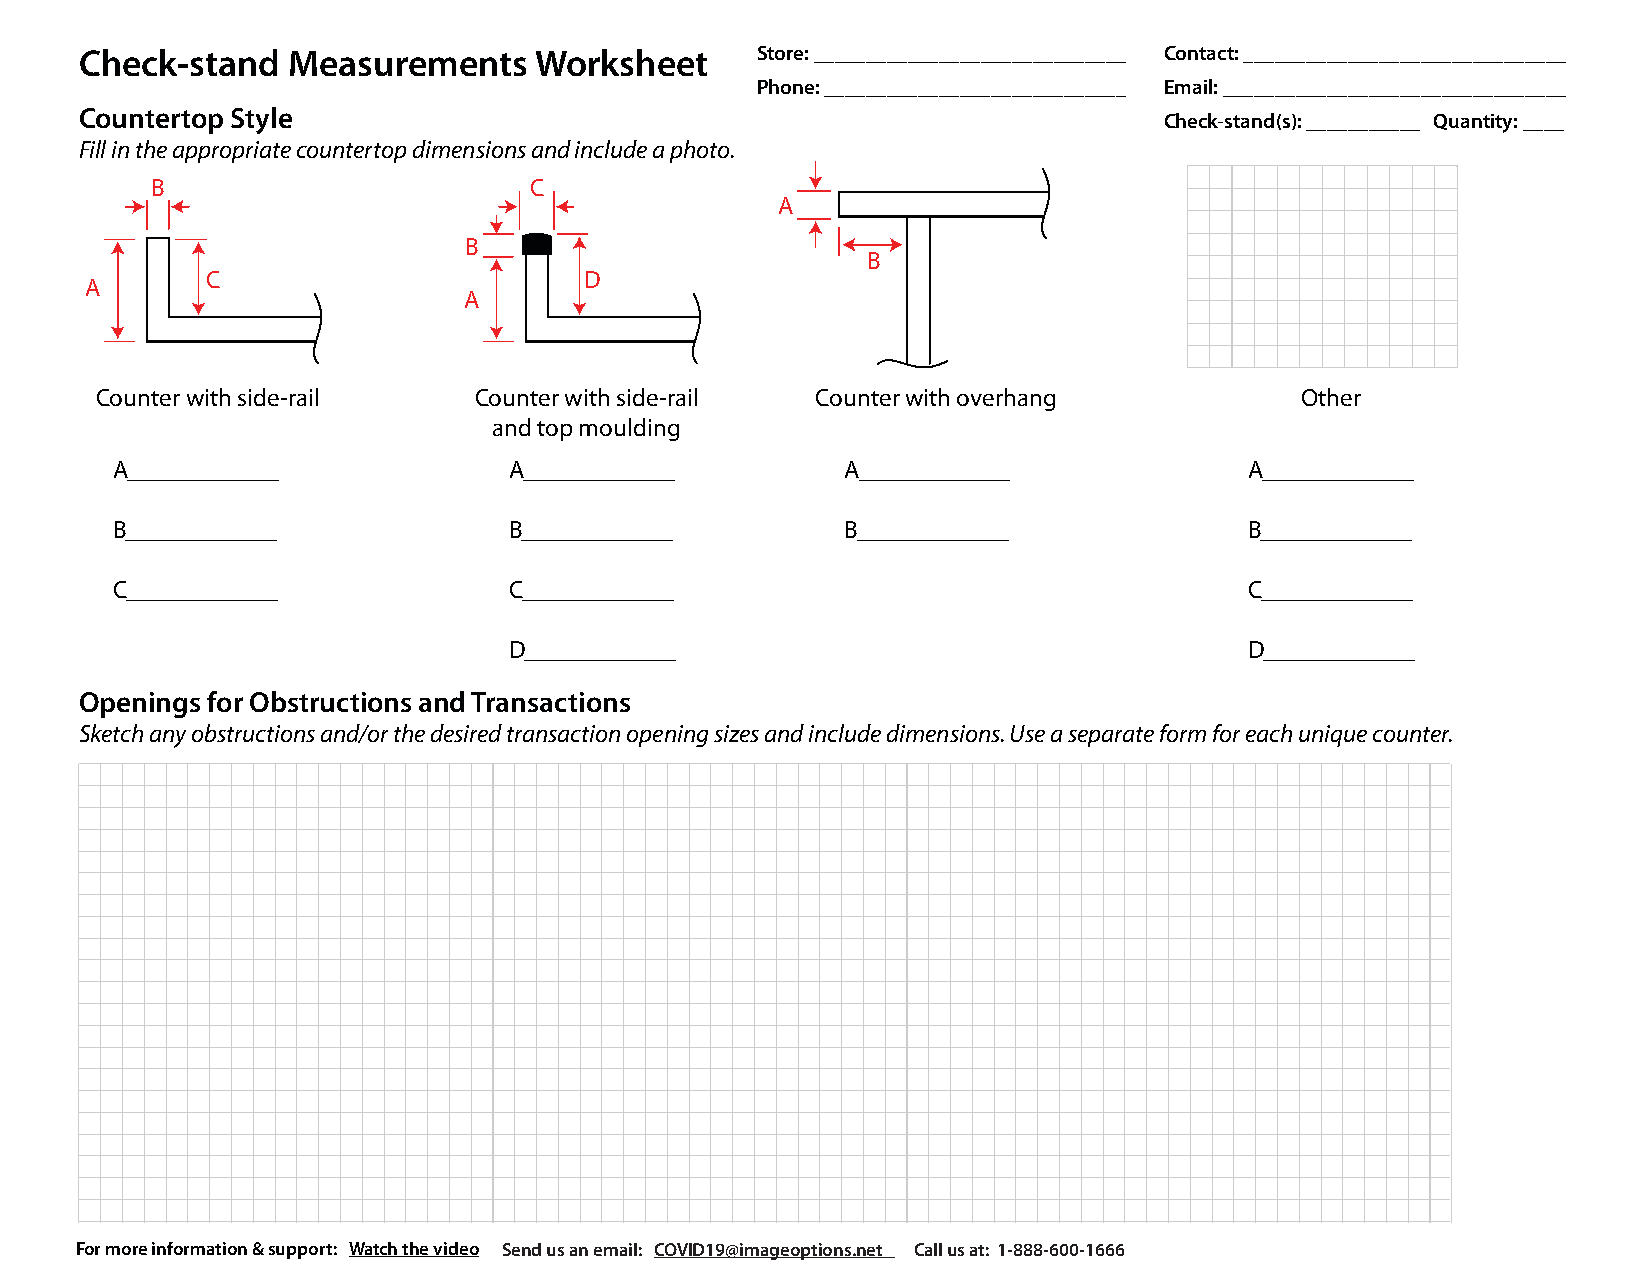
Check-stand   Measurements    Worksheet      Store: ______________________________ Contact: _______________________________
 Phone: _____________________________ Email: _________________________________
 Countertop Style                                                        Check-stand(s): ___________ Quantity: ____
 Fill in the appropriate countertop dimensions and include a photo.
 B                        C
 A
 B
 B
 C                        D
 A
 A
 Counter with side-rail   Counter with side-rail Counter with overhang           Other
 and top moulding
 A____________              A____________         A____________              A____________
 B____________              B____________         B____________              B____________
 C____________              C____________                                    C____________
 D____________                                    D____________
 Openings for Obstructions and Transactions
 Sketch any obstructions and/or the desired transaction opening sizes and include dimensions. Use a separate form for each unique counter.
 For more information & support: Watch the video Send us an email: COVID19@imageoptions.net Call us at: 1-888-600-1666